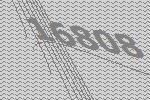
16808